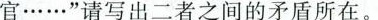
官……”请写出二者之间的矛盾所在。